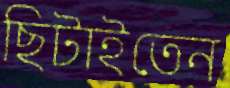
ছিটাইতেন